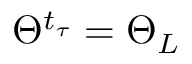
\Theta ^ { t _ { \tau } } = \Theta _ { L }